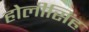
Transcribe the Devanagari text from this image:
होलीसिंह